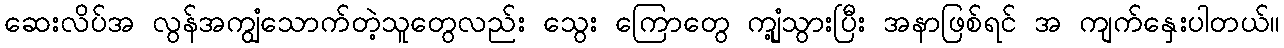
ဆေးလိပ်အ လွန်အကျွံသောက်တဲ့သူတွေလည်း သွေး ကြောတွေ ကျုံ့သွားပြီး အနာဖြစ်ရင် အ ကျက်နှေးပါတယ်။